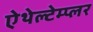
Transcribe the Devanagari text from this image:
ऐथेल्टेम्प्लर